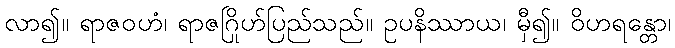
လာ၍။ ရာဇဝဟံ၊ ရာဇဂြိုဟ်ပြည်သည်။ ဥပနိဿာယ၊ မှီ၍။ ဝိဟရန္တော၊